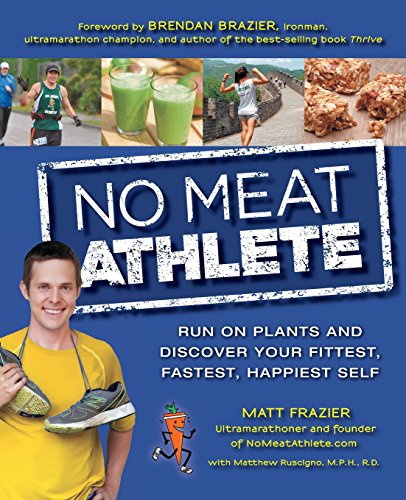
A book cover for No Meat Athlete: Run on Plants and Discover Your Fittest, Fastest, Happiest Self; Matt Frazier; Cookbooks, Food & Wine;